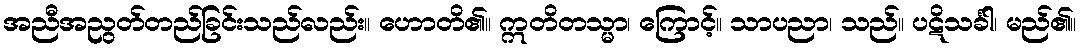
အညီအညွတ်တည်ခြင်းသည်လည်း။ ဟောတိ၏။ ဣတိတသ္မာ၊ ကြောင့်။ သာပညာ၊ သည်။ ပဋိသင်္ခါ၊ မည်၏။